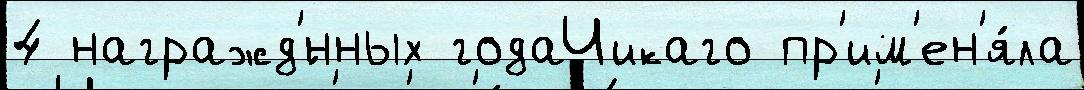
4 награжд'́нных годаЧикаго пр'им'ен'я́ла